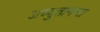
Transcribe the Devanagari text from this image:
अच्युतानन्त